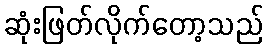
ဆုံးဖြတ်လိုက်တော့သည်